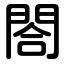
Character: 閤